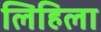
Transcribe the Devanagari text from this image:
लिहिला